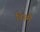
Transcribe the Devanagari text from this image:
बिस्मै